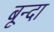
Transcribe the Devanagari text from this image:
बून्दा